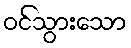
ဝင်သွားသော